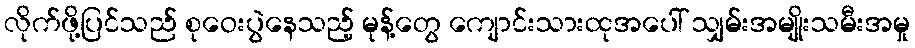
လိုက်ဖို့ပြင်သည် စုဝေးပွဲနေသည့် မုန့်တွေ ကျောင်းသားထုအပေါ် သျှမ်းအမျိုးသမီးအမှု